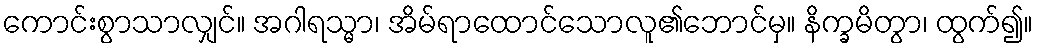
ကောင်းစွာသာလျှင်။ အဂါရသ္မာ၊ အိမ်ရာထောင်သောလူ၏ဘောင်မှ။ နိက္ခမိတွာ၊ ထွက်၍။